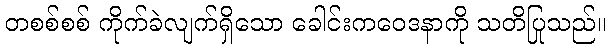
တစစ်စစ် ကိုက်ခဲလျက်ရှိသော ခေါင်းကဝေဒနာကို သတိပြုသည်။